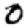
Digit: 0